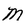
Character: M